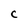
Character: C